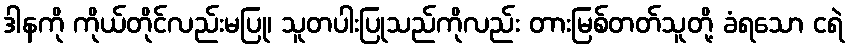
ဒါနကို ကိုယ်တိုင်လည်းမပြု၊ သူတပါးပြုသည်ကိုလည်း တားမြစ်တတ်သူတို့ ခံရသော ငရဲ